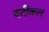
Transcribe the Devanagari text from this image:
वर्टीकल